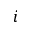
i